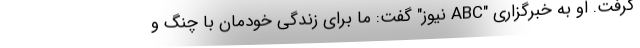
گرفت. او به خبرگزاری "ABC نیوز" گفت: ما برای زندگی خودمان با چنگ و